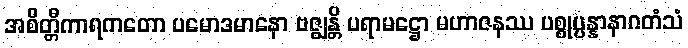
အစိတ္တီကာရကတော ပမောဒမာနော ဗဇ္ဈန္တိ ပရာမဋ္ဌော မဟာဇနဿ ပစ္စုပ္ပန္နာနာဂတံသံ